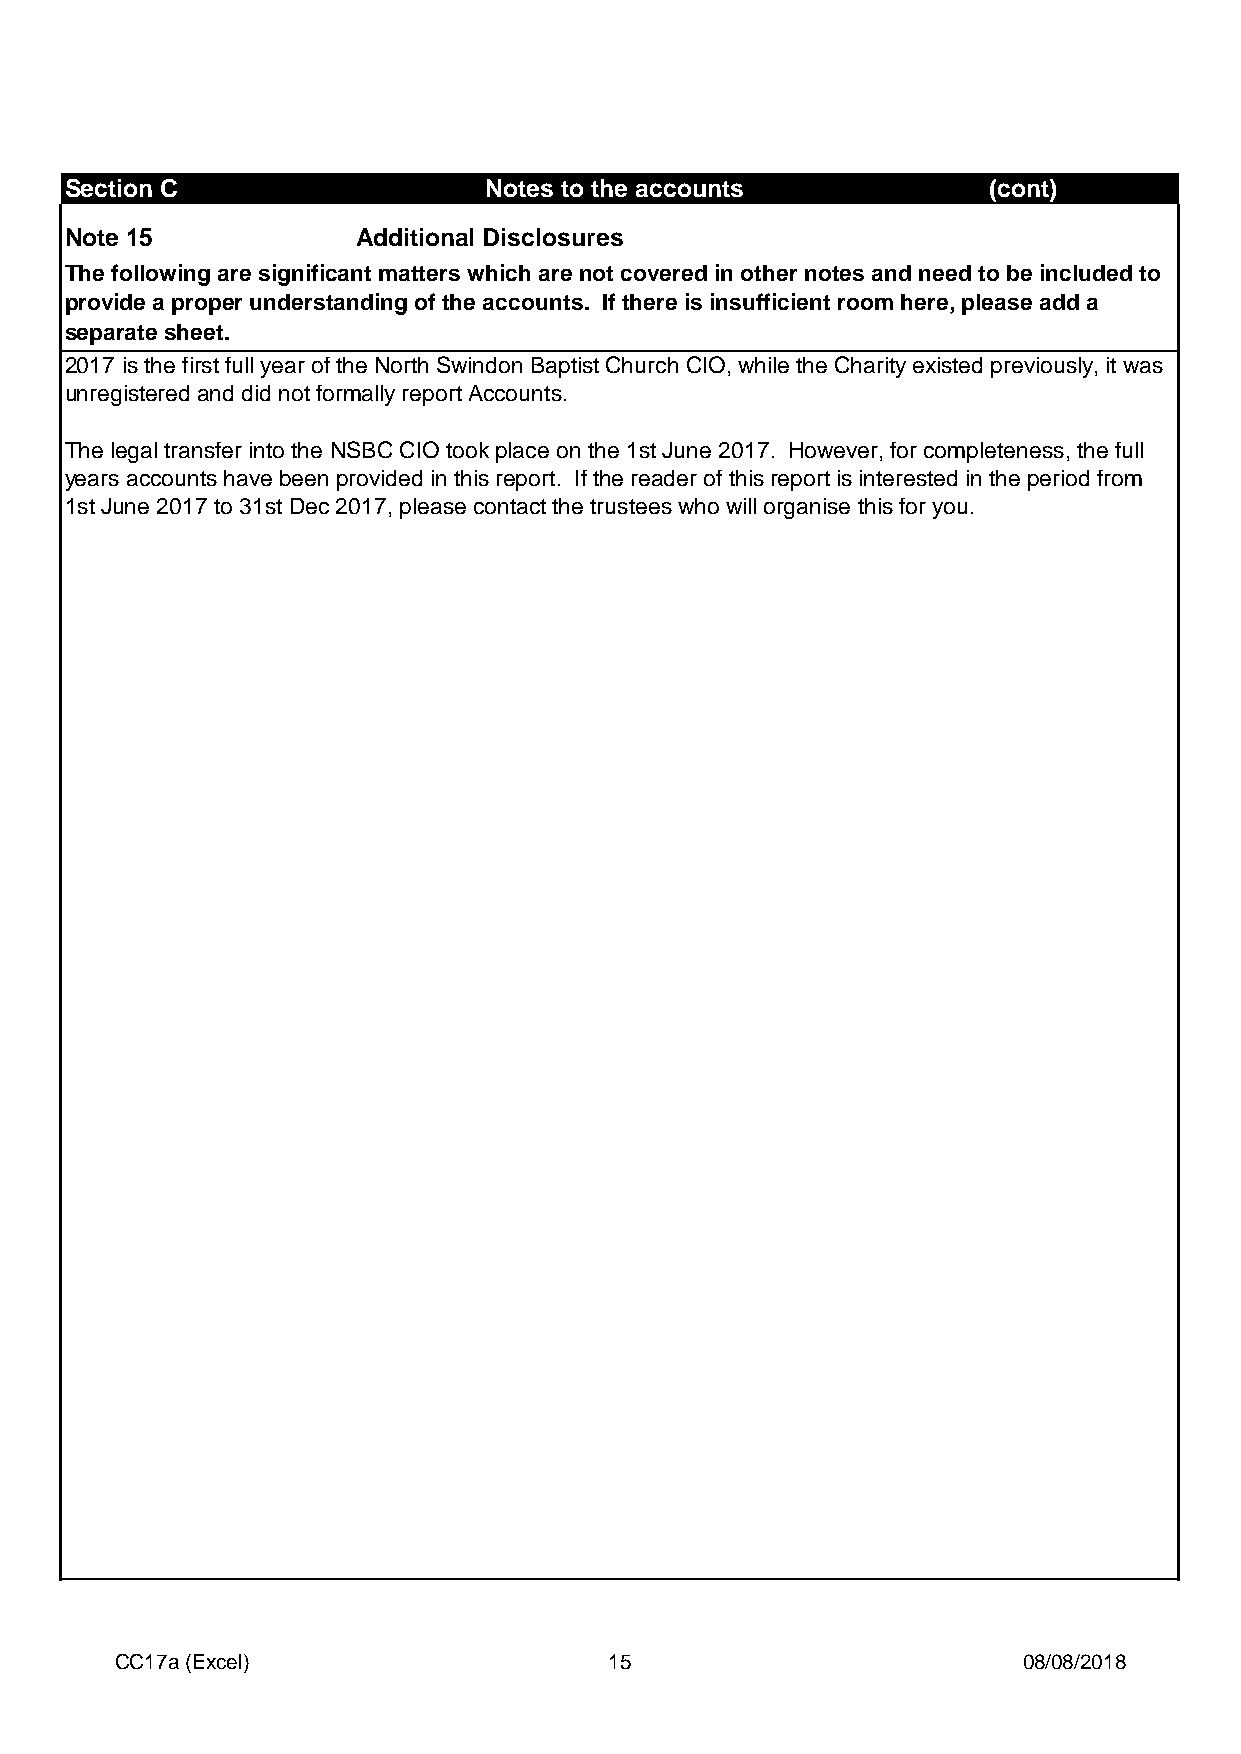
Section C                   Notes to the accounts            (cont)
 Note 15             Additional Disclosures
 The following are significant matters which are not covered in other notes and need to be included to
 provide a proper understanding of the accounts. If there is insufficient room here, please add a
 separate sheet.
 2017 is the first full year of the North Swindon Baptist Church CIO, while the Charity existed previously, it was
 unregistered and did not formally report Accounts.
 The legal transfer into the NSBC CIO took place on the 1st June 2017. However, for completeness, the full
 years accounts have been provided in this report. If the reader of this report is interested in the period from
 1st June 2017 to 31st Dec 2017, please contact the trustees who will organise this for you.
 CC17a (Excel)                   15                          08/08/2018